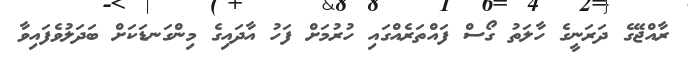
ރާއްޖޭގެ ދަރަނީގެ ހާލަތު ގޯސް ފައްތަރެއްގައި ހުރުމަށް ފަހު އާދައިގެ މިންގަނޑަކަށް ބަދަލުވެފައިވާ